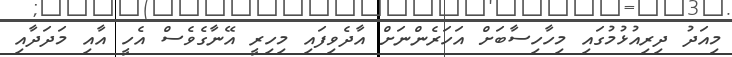
މިއަދު ދިރިއުޅުމުގައި މިހާހިސާބަށް އަހަރެންނަށް އާދެވިފައި މިހިރީ އޭނާގެވެސް އެހީ އާއި މަދަދާއި